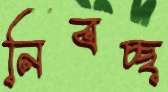
নিবচ্ছ